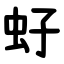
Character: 虸